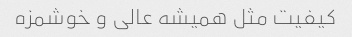
کیفیت مثل همیشه عالی و خوشمزه